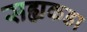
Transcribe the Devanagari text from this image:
सह्यकडा